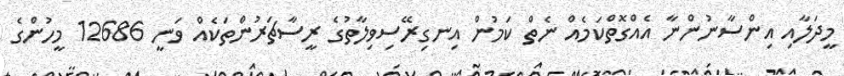
މީދަލާއި އިންސާނުންނާ އެއްގޮތްކަމެއް ނެތް ކަމުން އިނގިރޭސިވިލާތުގެ ރީސާޗަރުންތަކެއް ވަނީ 12686 މީހުންގެ